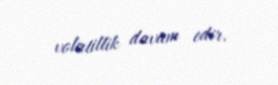
volatillik davam edir.